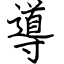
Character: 導